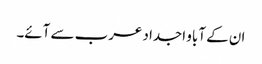
ان کے آباو اجداد عرب سے آئے۔